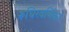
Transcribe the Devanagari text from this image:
रूधिरवर्णिका